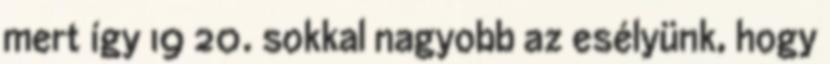
mert így 19 20. sokkal nagyobb az esélyünk, hogy